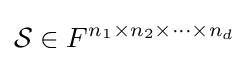
{\mathcal {S}}\in F^{n_{1}\times n_{2}\times \cdots \times n_{d}}